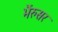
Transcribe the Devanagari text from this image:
भैंरुसर